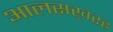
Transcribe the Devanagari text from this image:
आलसख़रह